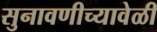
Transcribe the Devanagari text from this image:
सुनावणीच्यावेळी